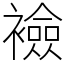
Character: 襝